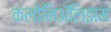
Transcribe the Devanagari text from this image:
कलोनिॲलिझम